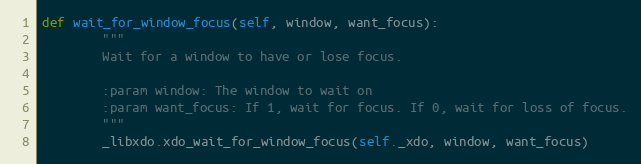
Language: Python
def wait_for_window_focus(self, window, want_focus):
        """
        Wait for a window to have or lose focus.

        :param window: The window to wait on
        :param want_focus: If 1, wait for focus. If 0, wait for loss of focus.
        """
        _libxdo.xdo_wait_for_window_focus(self._xdo, window, want_focus)